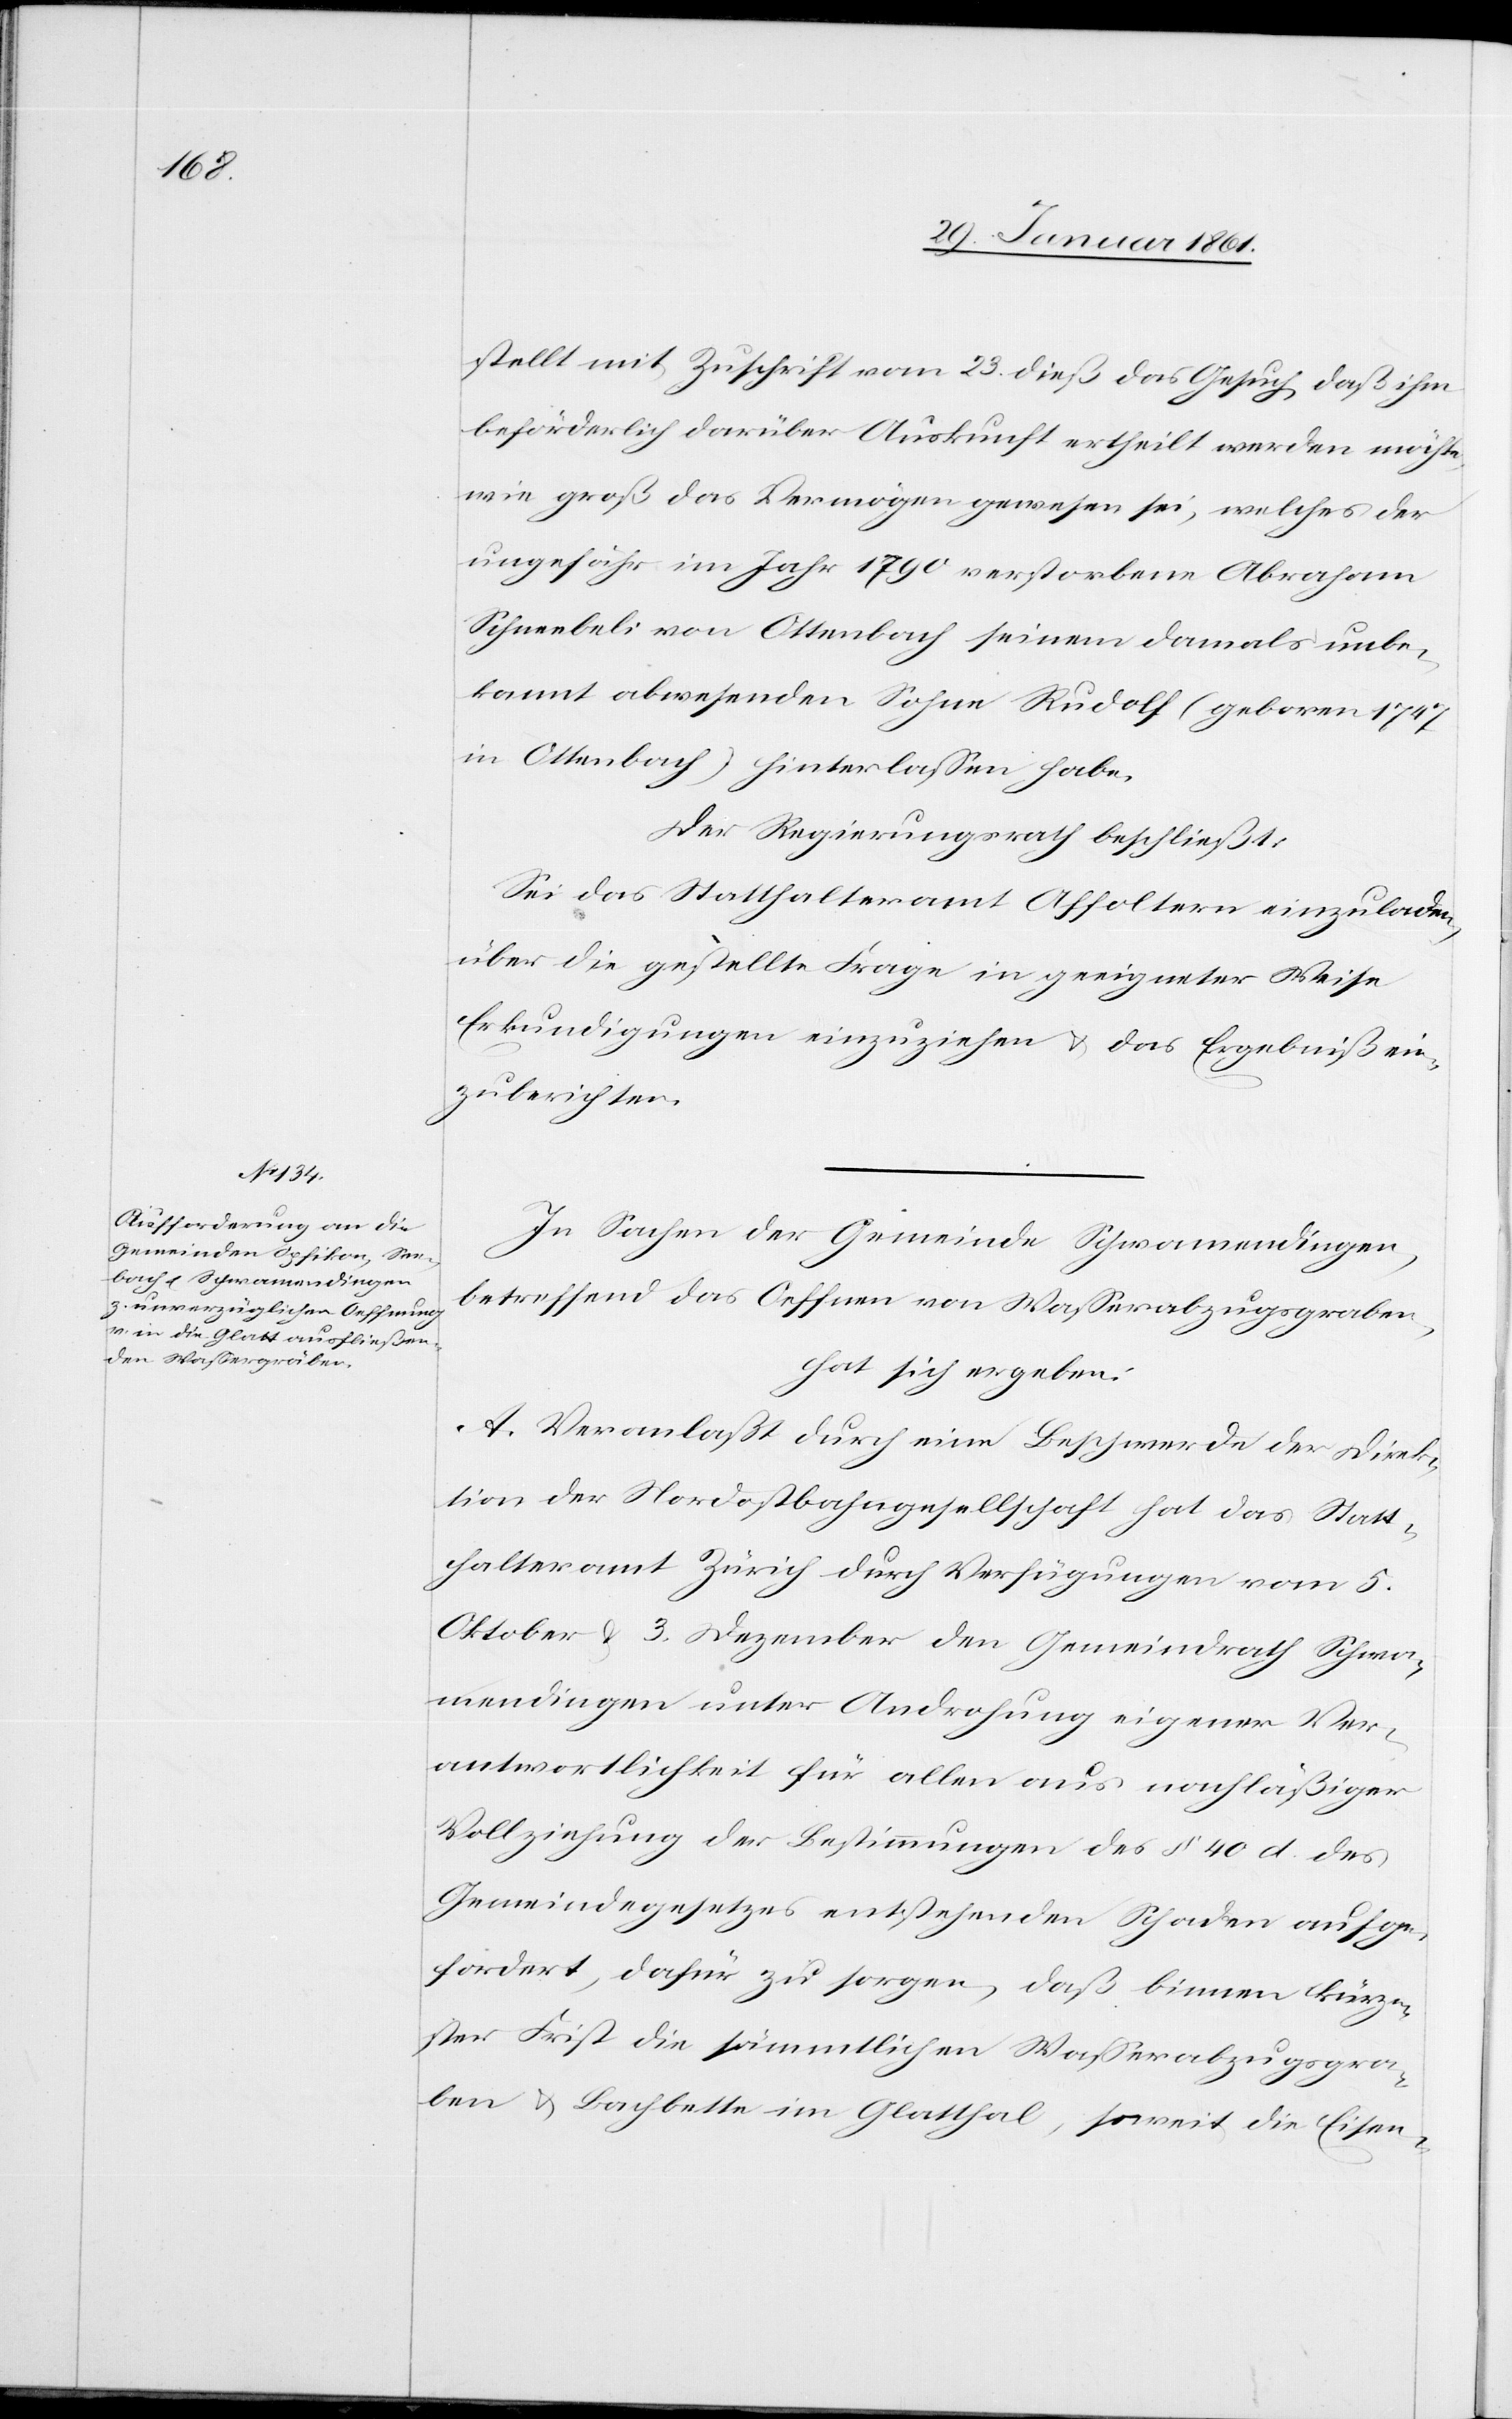
stellt mit Zuschrift vom 23. dieß das Gesuch daß ihm
beförderlich darüber Auskunft ertheilt werden möchte,
wie groß das Vermögen gewesen sei, welches der
ungefähr im Jahr 1790 verstorbene Abraham
Schneebeli von Ottenbach seinem damals unbe¬
kannt abwesenden Sohn Rudolf (geboren 1747
in Ottenbach) hinterlassen habe.
Der Regierungsrath beschließt:
Sei das Statthalteramt Affoltern einzuladen,
über die gestellte Frage in geeigneter Weise
Erkundigungen einzuziehen u. das Ergebniß ein¬
zuberichten.
In Sachen der Gemeinde Schwamendingen,
betreffend das Oeffnen von Wasserabzugsgraben,
hat sich ergeben:
A. Veranlaßt durch eine Beschwerde der Direk¬
tion der Nordostbahngesellschaft hat das Statt¬
halteramt Zürich durch Verfügungen vom 5.
Oktober u. 3. Dezember dem Gemeindrath Schwa¬
mendingen unter Androhung eigener Ver¬
antwortlichkeit für allen aus nachläßiger
Vollziehung der Bestimmungen des §. 40 d. des
Gemeindegesetzes entstehenden Schaden aufge¬
fordert, dafür zu sorgen, daß binnen kürze¬
ster Frist die sämmtlichen Wasserabzugsgra¬
ben u. Bachbette im Glatthal, soweit die Eisen-